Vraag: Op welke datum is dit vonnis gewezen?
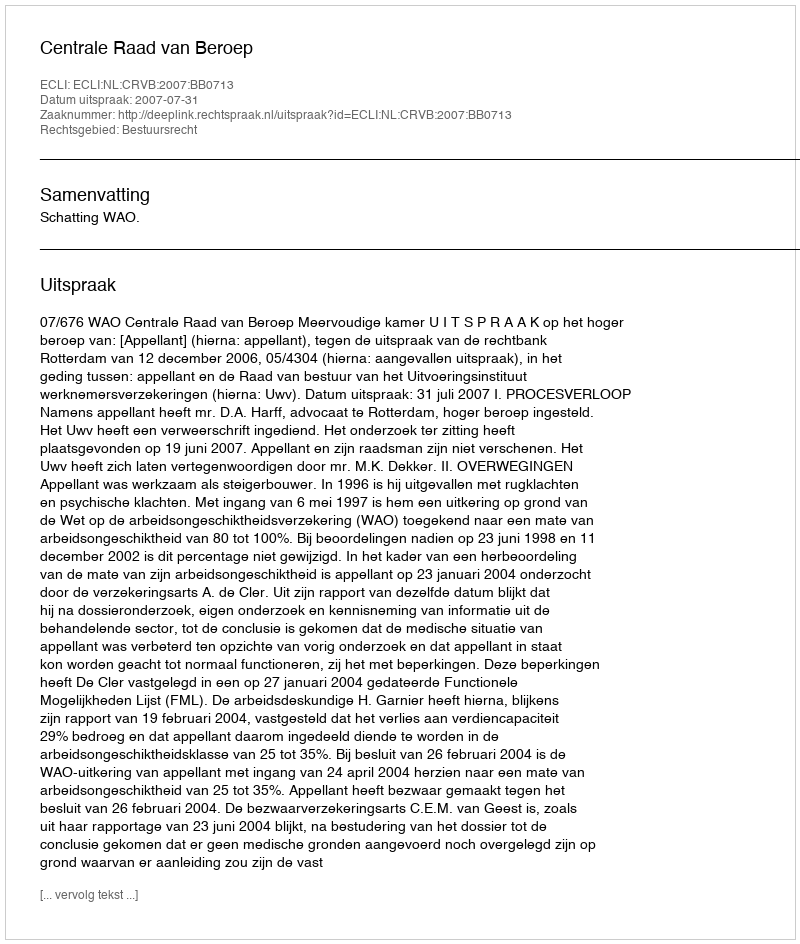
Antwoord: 2007-07-31